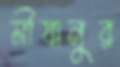
মীযানুর